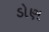
ડોણ